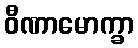
ဝီဏာမောက္ခာ